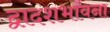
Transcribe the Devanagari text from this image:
द्वादशभावना